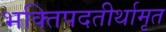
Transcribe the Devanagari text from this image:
भक्तिपदतीर्थामृत